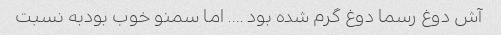
آش دوغ رسما دوغ گرم شده بود …. اما سمنو خوب بودبه نسبت